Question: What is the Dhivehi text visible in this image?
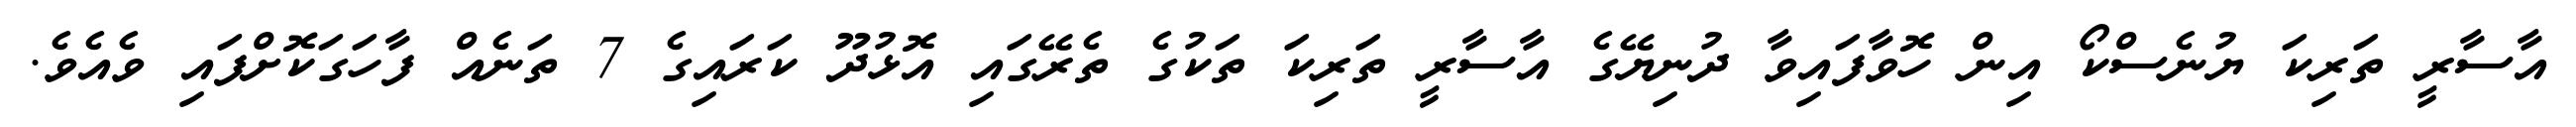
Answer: އާސާރީ ތަރިކަ ޔުނެސްކޯ އިން ހޮވާފައިވާ ދުނިޔޭގެ އާސާރީ ތަރިކަ ތަކުގެ ތެރޭގައި އޮޅުދޫ ކަރައިގެ 7 ތަނެއް ފާހަގަކޮށްފައި ވެއެވެ.